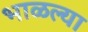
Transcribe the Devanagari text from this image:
भाळल्या